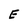
Character: E